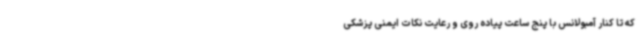
که تا کنار آمبولانس با پنج ساعت پیاده روی و رعایت نکات ایمنی پزشکی